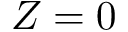
Z = 0